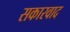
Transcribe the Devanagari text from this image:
सकारवाद